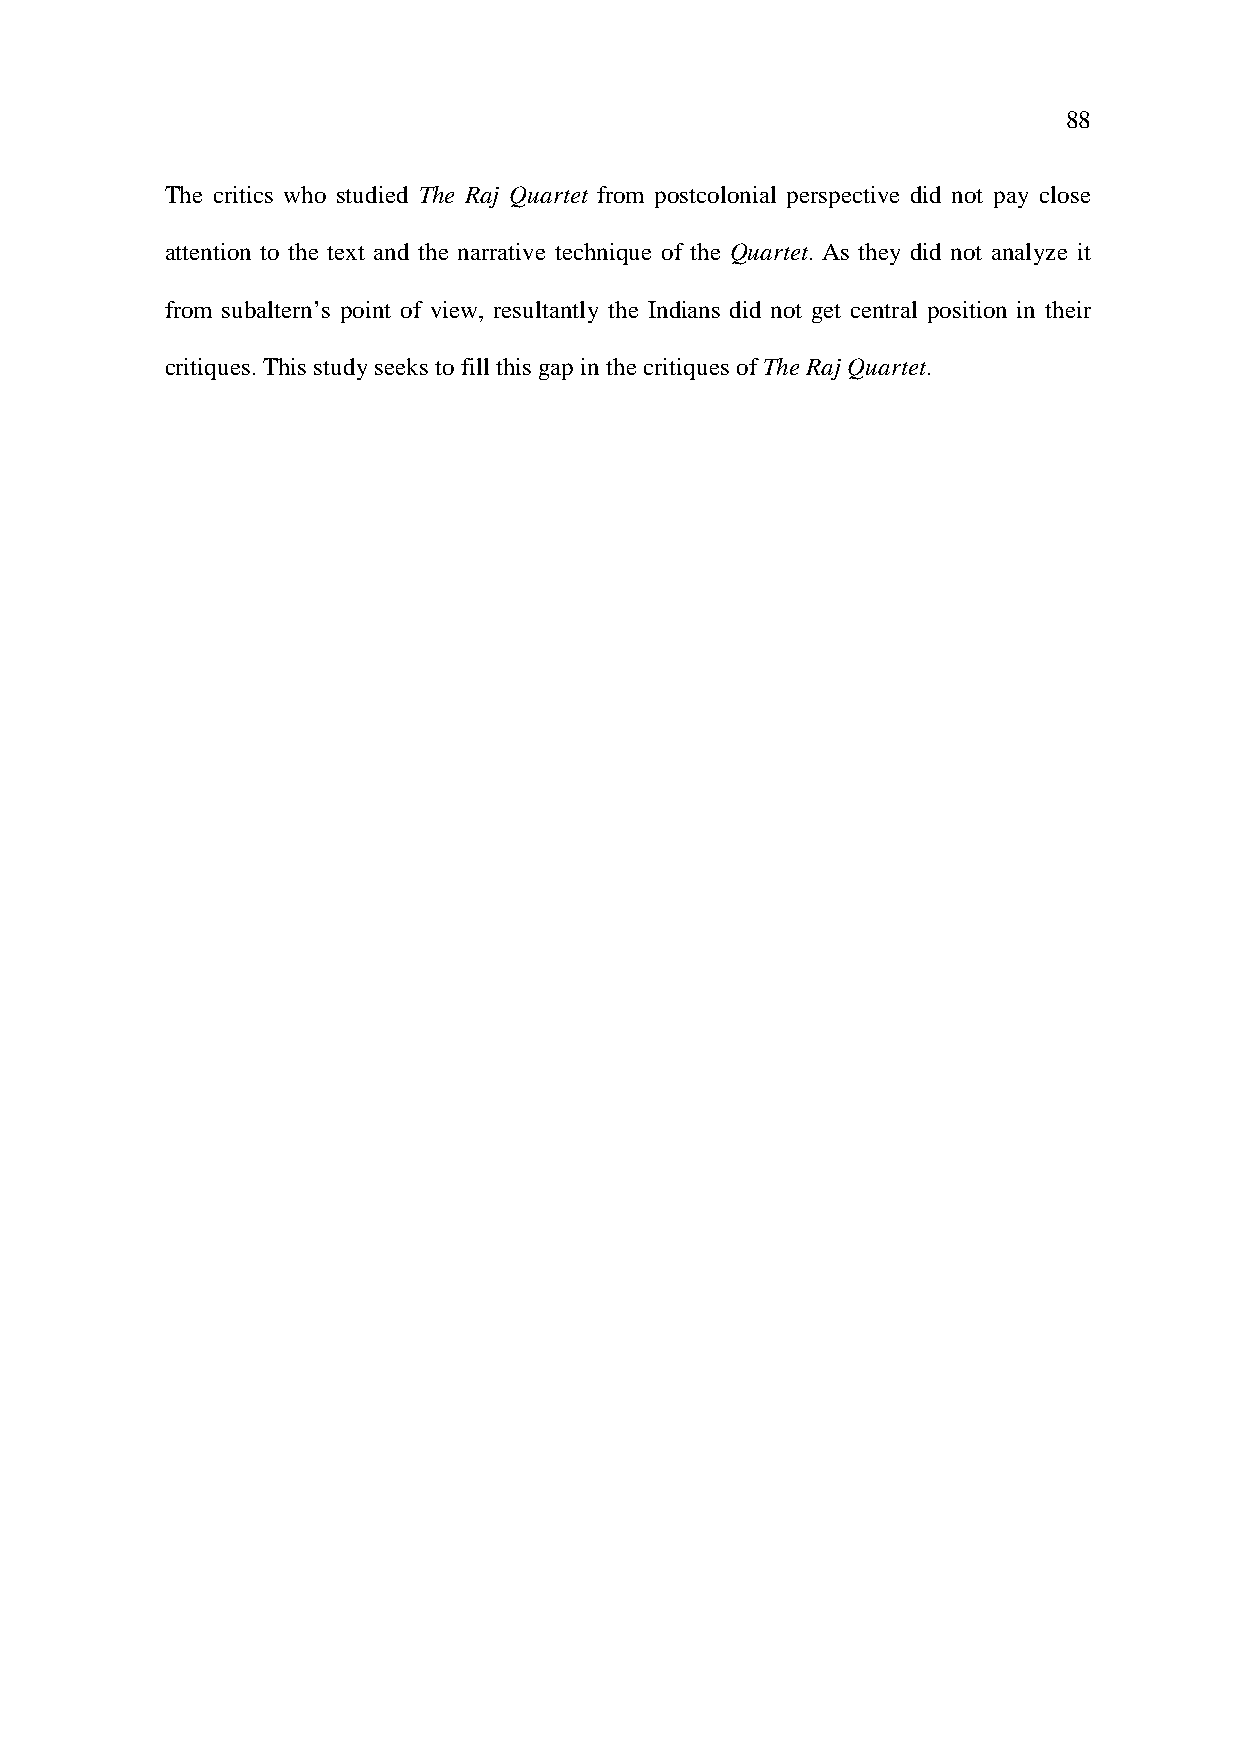
88
 The critics who studied The Raj Quartet from postcolonial perspective did not pay close
 attention to the text and the narrative technique of the Quartet. As they did not analyze it
 from subaltern’s point of view, resultantly the Indians did not get central position in their
 critiques. This study seeks to fill this gap in the critiques of The Raj Quartet.